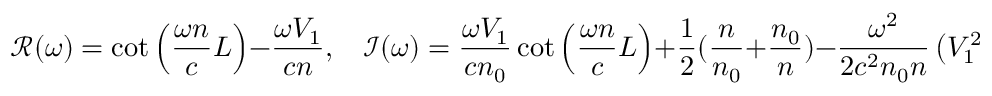
{ \it \mathcal { R } } ( \omega ) = \cot \left( \frac { \omega n } { c } L \right) - \frac { \omega V _ { 1 } } { c n } , \ \ \ \ { \it \mathcal { I } } ( \omega ) = \frac { \omega V _ { 1 } } { c n _ { 0 } } \cot { \left( \frac { \omega n } { c } L \right) } + \frac { 1 } { 2 } ( \frac { n } { n _ { 0 } } + \frac { n _ { 0 } } { n } ) - \frac { \omega ^ { 2 } } { 2 c ^ { 2 } n _ { 0 } n } \left( V _ { 1 } ^ { 2 } + V _ { 2 } ^ { 2 } \right) .